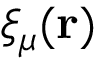
\xi _ { \mu } ( \mathbf { r } )